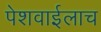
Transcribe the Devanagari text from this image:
पेशवाईलाच